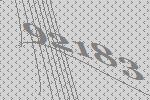
92183